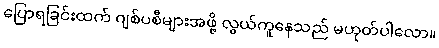
ပြောရခြင်းထက် ဂျစ်ပစီများအဖို့ လွယ်ကူနေသည် မဟုတ်ပါလော။